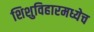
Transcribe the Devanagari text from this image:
शिशुविहारमध्येच